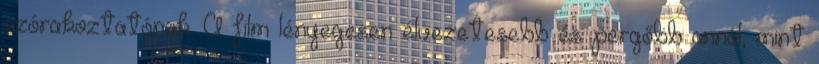
szórakoztatónak. A film lényegesen élvezetesebb és pergőbb annál, mint